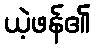
ယဲ့ဖန်၏